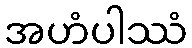
အဟံပါဿံ